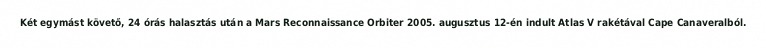
Két egymást követő, 24 órás halasztás után a Mars Reconnaissance Orbiter 2005. augusztus 12-én indult Atlas V rakétával Cape Canaveralból.